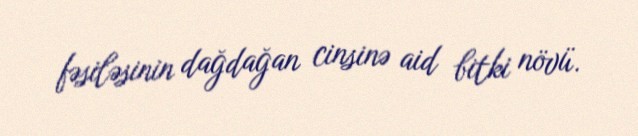
fəsiləsinin dağdağan cinsinə aid bitki növü.